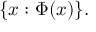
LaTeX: \{ x : \Phi ( x ) \} .